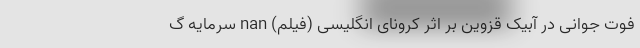
فوت جوانی در آبیک قزوین بر اثر کرونای انگلیسی (فیلم) nan سرمایه گ